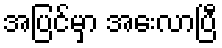
အပြင်မှာ အေးလာပြီ